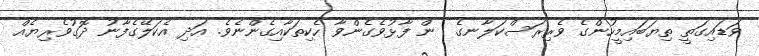
ވަޑައިގަތީ ތިޔަބައިމީހުންގެ ވެރިރަސްކަލާނގެ  ން ފާޅުވެގެންވާ ހެކިތަކާއިގެންނެވެ. އަދި އެކަލޭގެފާނު ދޮގުވެރިޔެއް